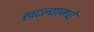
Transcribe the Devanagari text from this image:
खटल्यामधे